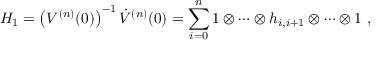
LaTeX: { \cal H } _ { 1 } = \left( { \cal V } ^ { ( n ) } ( 0 ) \right) ^ { - 1 } \dot { \cal V } ^ { ( n ) } ( 0 ) = \sum _ { i = 0 } ^ { n } 1 \otimes \cdots \otimes h _ { i , i + 1 } \otimes \cdots \otimes 1 ~ ,